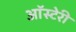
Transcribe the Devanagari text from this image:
ऑस्टेरी